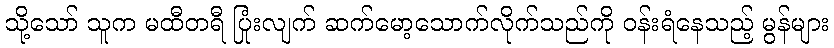
သို့သော် သူက မထီတရီ ပြုံးလျက် ဆက်မော့သောက်လိုက်သည်ကို ဝန်းရံနေသည့် မွန်များ